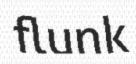
flunk